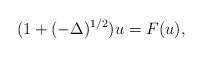
\begin{align*} (1+(-\Delta)^{1/2})u=F(u), \end{align*}